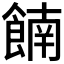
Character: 𫗕